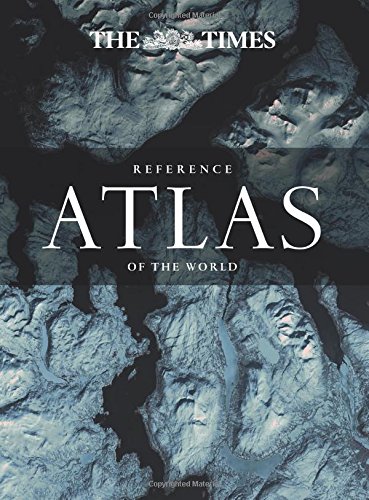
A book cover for The Times Reference Atlas of the World; Times Atlases; Reference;